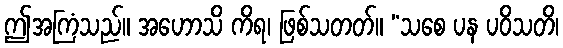
ဤအကြံသည်။ အဟောသိ ကိရ၊ ဖြစ်သတတ်။ “သစေ ပန ပဝိသတိ၊